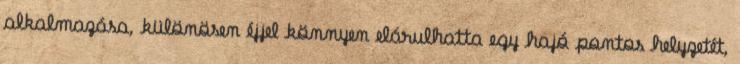
alkalmazása, különösen éjjel könnyen elárulhatta egy hajó pontos helyzetét,